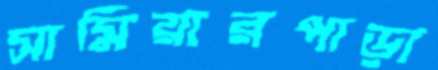
সামিয়ারপাড়া